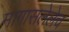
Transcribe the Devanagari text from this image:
मागासलेलेच